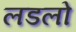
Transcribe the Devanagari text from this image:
लडलो